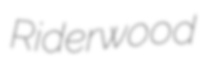
Riderwood